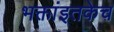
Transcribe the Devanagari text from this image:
भक्तांइतकेच